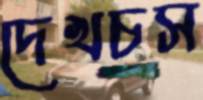
দেখচস